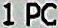
1 PC